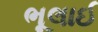
ભૂલાઈ